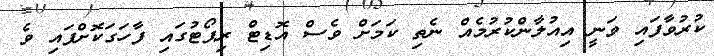
ކުރުވާފައި ވަނީ އިއުލާންކުރުމެއް ނެތި ކަމަށް ވެސް އޮޑިޓް ރިޕޯޓުގައި ފާހަގަކޮށްފައި ވެ